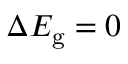
\Delta E _ { \mathrm { g } } = 0